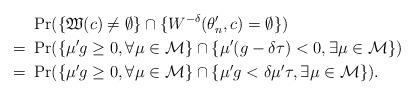
LaTeX: \begin{align*}&~\Pr(\{\mathfrak W(c)\ne \emptyset \} \cap \{W^{-\delta}(\theta_n^\prime,c)= \emptyset \} )\\=&~\Pr(\{\mu'g\ge 0, \forall\mu\in \mathcal M\}\cap \{\mu'(g-\delta \tau)< 0, \exists\mu\in \mathcal M\}) \\= &~\Pr(\{\mu'g\ge 0, \forall\mu\in \mathcal M\}\cap\{ \mu'g< \delta\mu'\tau, \exists\mu\in \mathcal M\}).\end{align*}